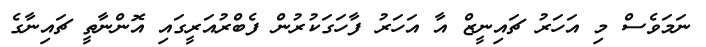
ނަމަވެސް މި އަހަރު ޗައިނީޒް އާ އަހަރު ފާހަގަކުުރުން ފެބްރުއަރީގައި އޮންނާތީ ޗައިނާގެ